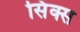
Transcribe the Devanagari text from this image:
सिंक्स